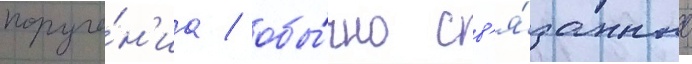
поруче́н'иа / обы́чно св'я́занные